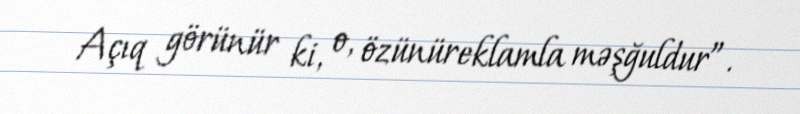
Açıq görünür ki, o, özünüreklamla məşğuldur”.